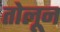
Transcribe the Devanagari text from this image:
तोलून